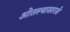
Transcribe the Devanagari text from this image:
ओतल्यासारखे